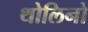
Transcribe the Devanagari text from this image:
थोलिनो